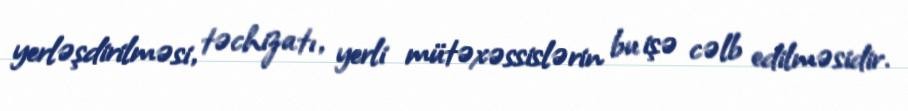
yerləşdirilməsi, təchizatı, yerli mütəxəssislərin bu işə cəlb edilməsidir.